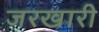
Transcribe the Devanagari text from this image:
जरखारी